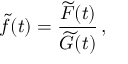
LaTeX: \widetilde f ( t ) = { \frac { \widetilde F ( t ) } { \widetilde G ( t ) } } \, ,